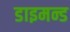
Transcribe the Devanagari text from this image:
डाइमन्ड